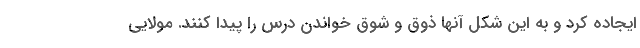
ایجاده کرد و به این شکل آنها ذوق و شوق خواندن درس را پیدا کنند. مولایی